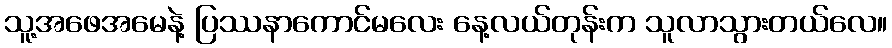
သူ့အဖေအမေနဲ့ ပြဿနာကောင်မလေး နေ့လယ်တုန်းက သူလာသွားတယ်လေ။